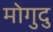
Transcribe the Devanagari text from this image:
मोगुदु